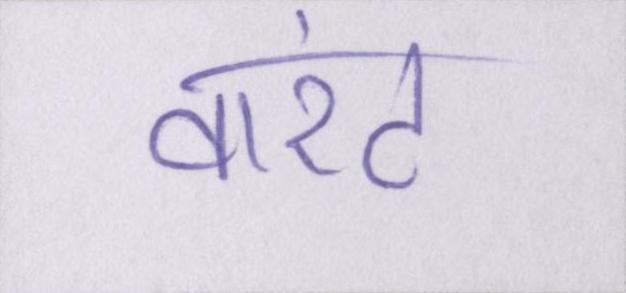
वारंट